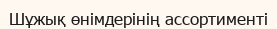
Шұжық өнімдерінің ассортименті